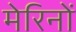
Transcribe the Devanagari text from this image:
मेरिनों